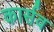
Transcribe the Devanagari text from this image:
कार्सव